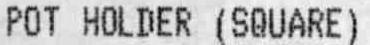
POT HOLDER (SQUARE)